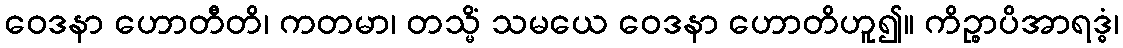
ဝေဒနာ ဟောတီတိ၊ ကတမာ၊ တသ္မိံ သမယေ ဝေဒနာ ဟောတိဟူ၍။ ကိဉ္စာပိအာရဒ္ဓံ၊